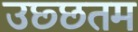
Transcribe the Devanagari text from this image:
उछ्छतम